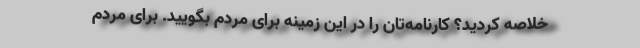
خلاصه کردید؟ کارنامه‌تان را در این زمینه برای مردم بگویید. برای مردم